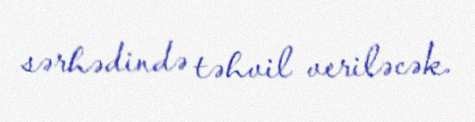
sərhədində təhvil veriləcək.